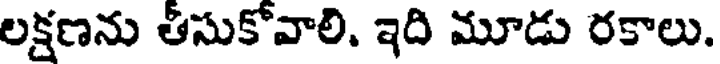
లక్షణను తీసుకోవాలి. ఇది మూడు రకాలు.